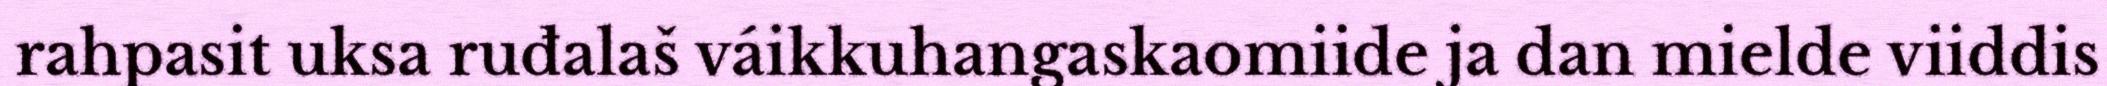
rahpasit uksa ruđalaš váikkuhangaskaomiide ja dan mielde viiddis